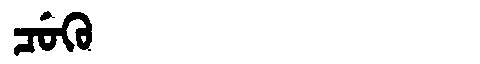
Manchu: ᠴᡠᡴᡠ
Romanization: CUKU